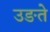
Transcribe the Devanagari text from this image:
उङते